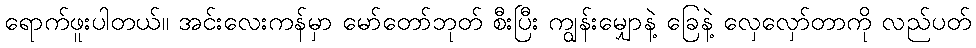
ရောက်ဖူးပါတယ်။ အင်းလေးကန်မှာ မော်တော်ဘုတ် စီးပြီး ကျွန်းမျှောနဲ့ ခြေနဲ့ လှေလှော်တာကို လည်ပတ်